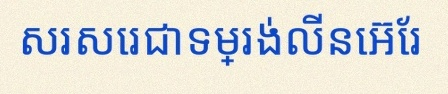
សរសេរជាទម្រង់លីនេអ៊ែរ